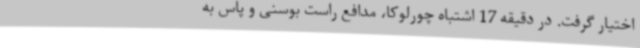
اختیار گرفت. در دقیقه 17 اشتباه چورلوکا، مدافع راست بوسنی و پاس به